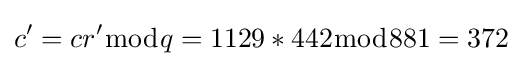
c'=cr'{\bmod {q}}=1129*442{\bmod {8}}81=372